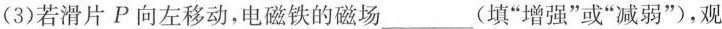
(3)若滑片P向左移动，电磁铁的磁场____(填”增强”或”减弱”)，观